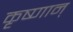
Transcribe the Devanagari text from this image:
कृष्णान्‌